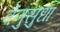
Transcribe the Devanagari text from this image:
वेणुसुधा